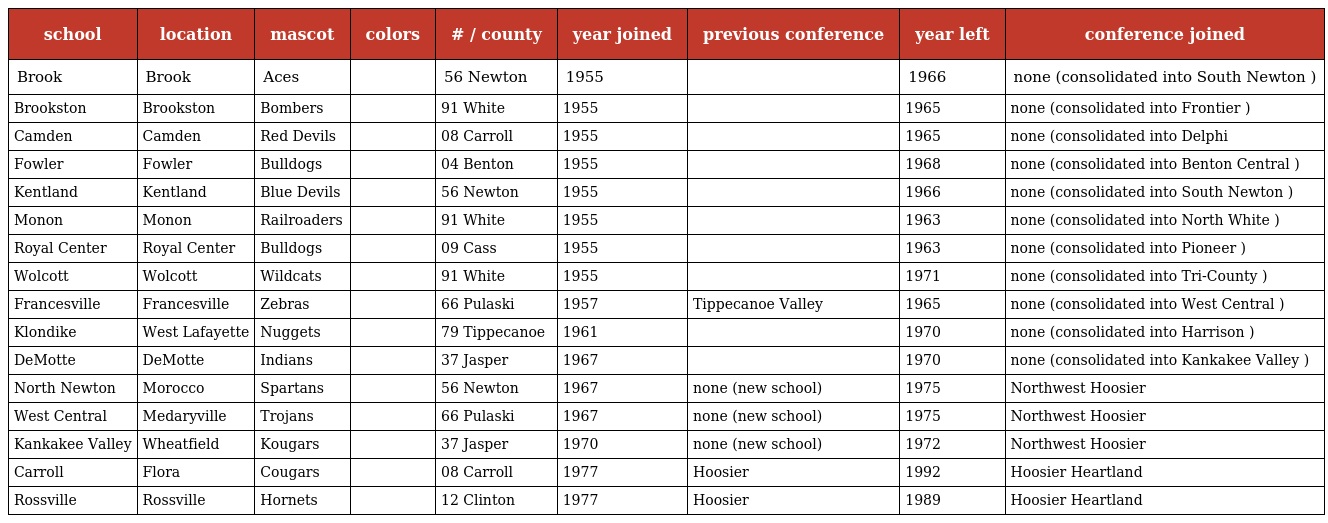
| school | location | mascot | colors | # / county | year joined | previous conference | year left | conference joined |
 | --- | --- | --- | --- | --- | --- | --- | --- | --- |
 | Brook | Brook | Aces |  | 56 Newton | 1955 |  | 1966 | none (consolidated into South Newton ) |
 | Brookston | Brookston | Bombers |  | 91 White | 1955 |  | 1965 | none (consolidated into Frontier ) |
 | Camden | Camden | Red Devils |  | 08 Carroll | 1955 |  | 1965 | none (consolidated into Delphi |
 | Fowler | Fowler | Bulldogs |  | 04 Benton | 1955 |  | 1968 | none (consolidated into Benton Central ) |
 | Kentland | Kentland | Blue Devils |  | 56 Newton | 1955 |  | 1966 | none (consolidated into South Newton ) |
 | Monon | Monon | Railroaders |  | 91 White | 1955 |  | 1963 | none (consolidated into North White ) |
 | Royal Center | Royal Center | Bulldogs |  | 09 Cass | 1955 |  | 1963 | none (consolidated into Pioneer ) |
 | Wolcott | Wolcott | Wildcats |  | 91 White | 1955 |  | 1971 | none (consolidated into Tri-County ) |
 | Francesville | Francesville | Zebras |  | 66 Pulaski | 1957 | Tippecanoe Valley | 1965 | none (consolidated into West Central ) |
 | Klondike | West Lafayette | Nuggets |  | 79 Tippecanoe | 1961 |  | 1970 | none (consolidated into Harrison ) |
 | DeMotte | DeMotte | Indians |  | 37 Jasper | 1967 |  | 1970 | none (consolidated into Kankakee Valley ) |
 | North Newton | Morocco | Spartans |  | 56 Newton | 1967 | none (new school) | 1975 | Northwest Hoosier |
 | West Central | Medaryville | Trojans |  | 66 Pulaski | 1967 | none (new school) | 1975 | Northwest Hoosier |
 | Kankakee Valley | Wheatfield | Kougars |  | 37 Jasper | 1970 | none (new school) | 1972 | Northwest Hoosier |
 | Carroll | Flora | Cougars |  | 08 Carroll | 1977 | Hoosier | 1992 | Hoosier Heartland |
 | Rossville | Rossville | Hornets |  | 12 Clinton | 1977 | Hoosier | 1989 | Hoosier Heartland |